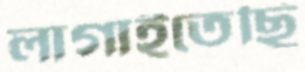
লাগাইতেছি